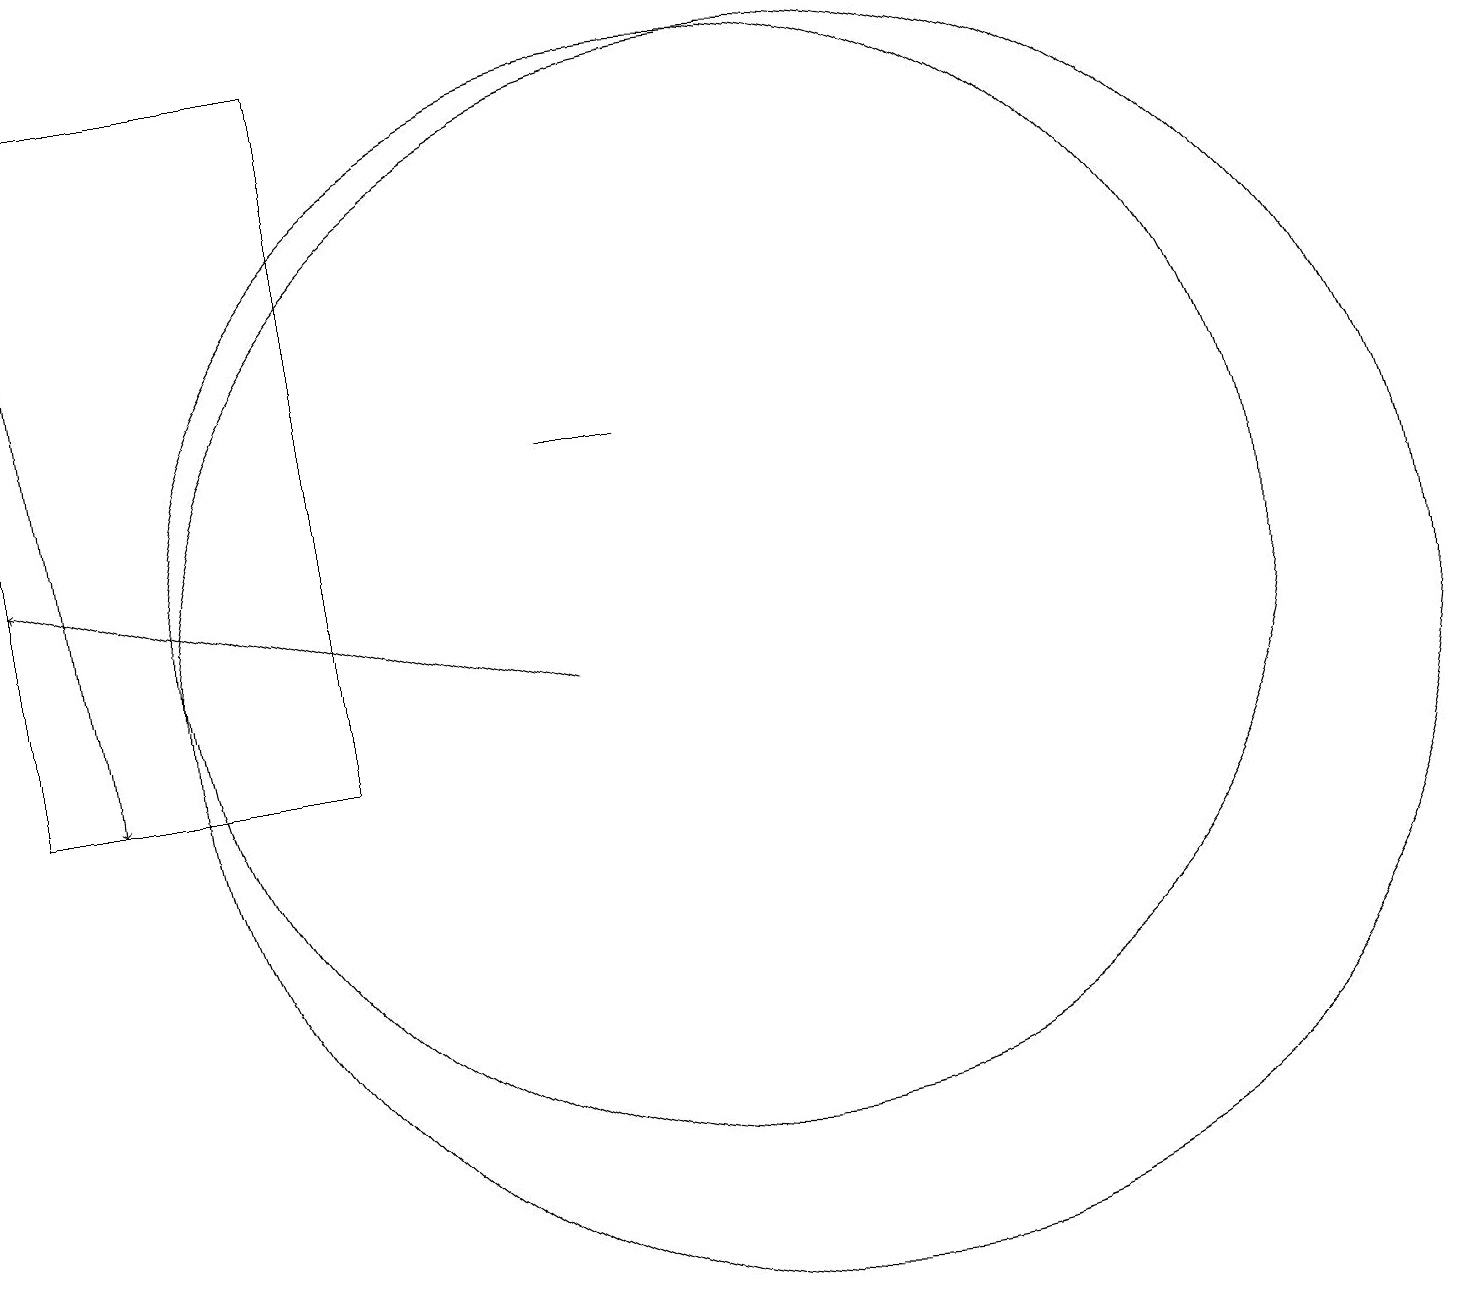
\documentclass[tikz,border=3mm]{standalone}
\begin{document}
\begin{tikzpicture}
\draw (1,10) rectangle (5,19);
\draw[->] (1,19) -- (2,10);
\draw (11,11) circle (8);
\draw (10,12) circle (7);
\draw (9,14) rectangle (8,14);
\draw[->] (8,11) -- (1,13);
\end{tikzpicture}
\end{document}